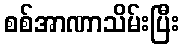
စစ်အာဏာသိမ်းပြီး